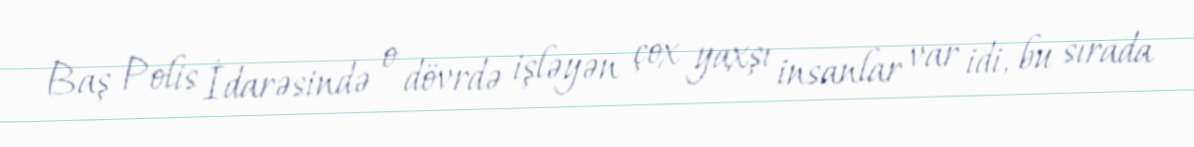
Baş Polis İdarəsində o dövrdə işləyən çox yaxşı insanlar var idi, bu sırada